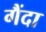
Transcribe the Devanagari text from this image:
गैंदा